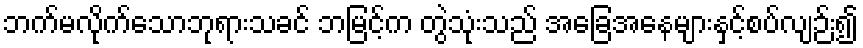
ဘက်မလိုက်သောဘုရားသခင် ဘမြင့်က တွဲသုံးသည် အခြေအနေများနှင့်စပ်လျဉ်း၍